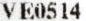
VE0514